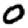
Digit: 0